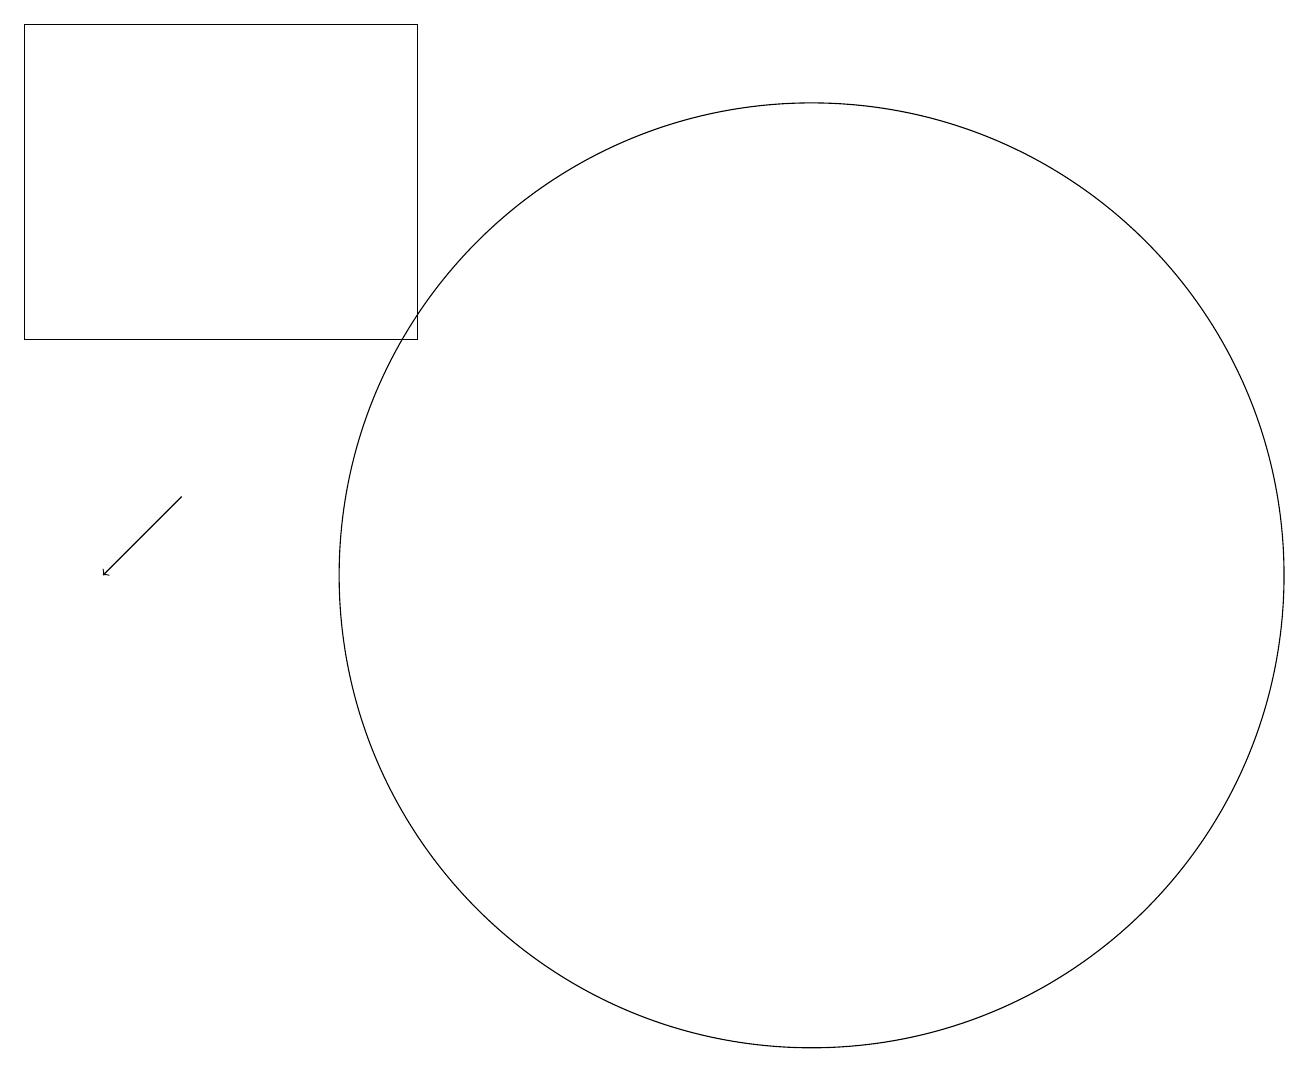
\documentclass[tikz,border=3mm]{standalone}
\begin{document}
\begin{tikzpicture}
\draw (1,19) rectangle (6,15);
\draw[->] (3,13) -- (2,12);
\draw (11,12) circle (6);
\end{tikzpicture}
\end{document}